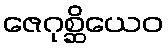
ဇေဂုစ္ဆိယေဝ